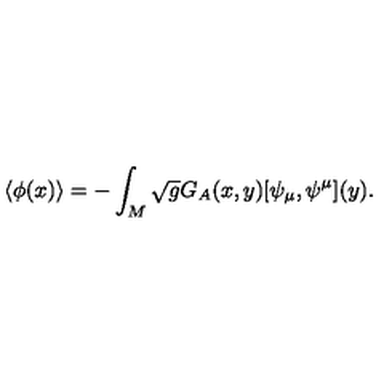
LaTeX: \langle \phi ( x ) \rangle = - \int _ { M } \sqrt { g } G _ { A } ( x , y ) [ \psi _ { \mu } , \psi ^ { \mu } ] ( y ) .